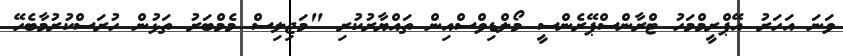
ވަނަ އަހަރު އޭޕްރީމްމަހު ޓްރާންސްޕޭރެންސީ މޯލްޑިވްސްއިން ތައްޔާރުކުރި "މަޖިލިސް މެމްބަރު ތަޅުން ހުރަސްކުރުމާބެހޭ